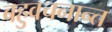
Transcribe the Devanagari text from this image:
बहुवचनान्त